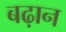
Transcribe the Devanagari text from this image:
बढ़ान